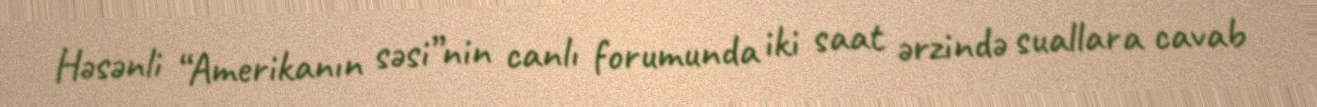
Həsənli “Amerikanın səsi”nin canlı forumunda iki saat ərzində suallara cavab